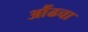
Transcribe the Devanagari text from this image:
औंढचा